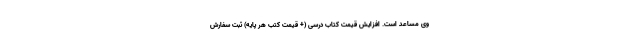
وی مساعد است. افزایش قیمت کتاب درسی (+ قیمت کتب هر پایه) ثبت سفارش